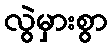
လွဲမှားစွာ